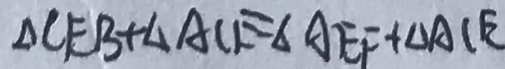
\Delta C E B + \Delta A C E = \Delta A E F + \Delta A C E